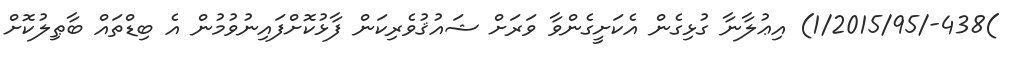
)438-/1/2015/95) އިޢުލާނާ ގުޅިގެން އެކަށީގެންވާ ވަރަށް ޝައުޤުވެރިކަން ފާޅުކޮށްފައިނުވުމުން އެ ބިޑްތައް ބާޠިލުކޮށް